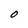
Character: O